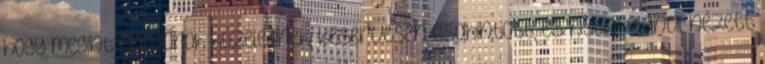
hogy megint rendőrök közelednek, keservesen csahintott, és nyugtalanul nézett